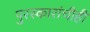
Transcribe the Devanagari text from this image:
पुरस्कारांचीही